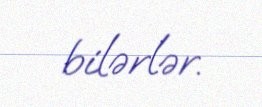
bilərlər.